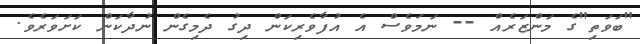
"ބަވަތި"ގެ މަންޒަރެއް -- ނަމަވެސް އެ އުފާވެރިކަން ދިގު ދެމިގެން ނުދާކަން ކަށަވަރެވެ.